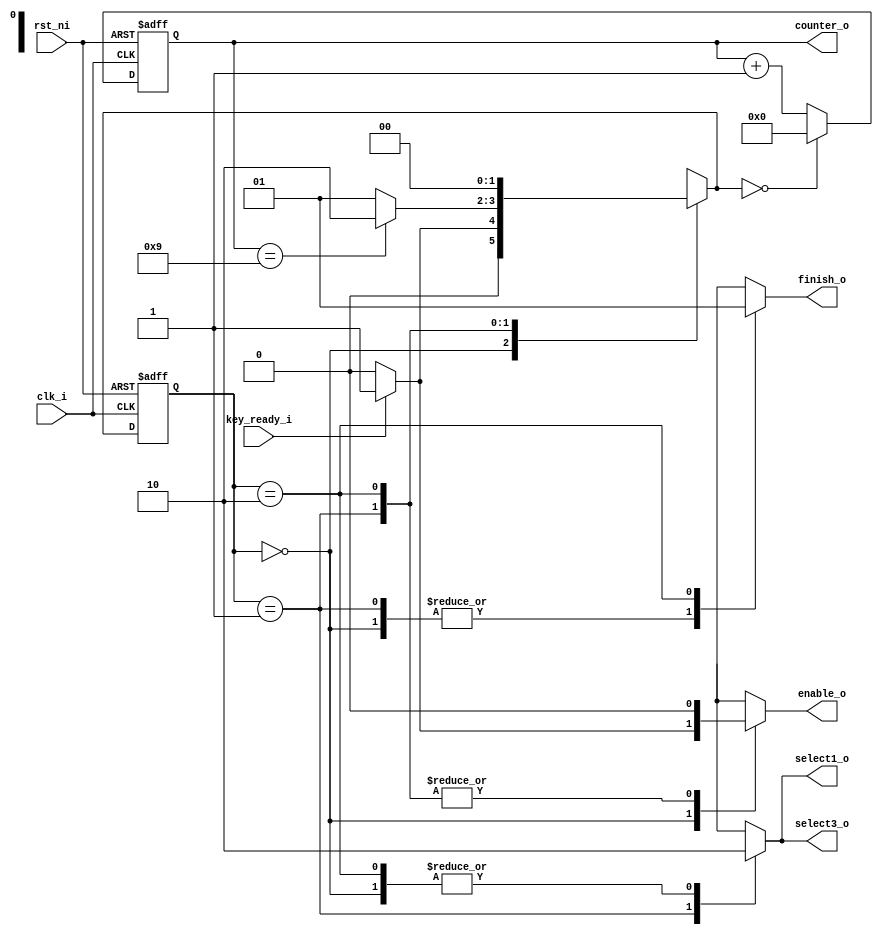
`timescale 1ns/100ps
module controller(clk_i, rst_ni, key_ready_i, enable_o, select1_o, select3_o, finish_o, counter_o);

  input clk_i;
  input rst_ni;
  input key_ready_i;
  
  output enable_o;
  output select1_o;
  output select3_o;
  output finish_o;
  output [3:0] counter_o;
  
  reg enable_o;
  reg select1_o;
  reg select3_o;
  reg finish_o;
  
  reg [1:0] state, n_state;
  reg [3:0] counter_o;
  
  parameter RST      = 2'b00,
			ENCRYPT  = 2'b01,
			DONE     = 2'b10;
  
  always@(posedge clk_i or negedge rst_ni)begin
    if(~rst_ni)begin
	  state <= RST;
	  counter_o <= 4'd0;
	end
	else begin
	  state <= n_state;
	  if(n_state==RST)
	    counter_o <= 4'd0;
	  else
	    counter_o <= counter_o + 4'd1;
	end
  end
  
  always@(*)begin
    case(state)
	  RST:begin
	    enable_o = (key_ready_i)?1'b1:1'b0;
		select1_o = 1'b0;
		select3_o = 1'b0;//x
		finish_o = 1'b0;
		n_state = (key_ready_i)?ENCRYPT:RST;
	  end
	  ENCRYPT:begin
	    enable_o = 1'b0;
		select1_o = 1'b1;
		select3_o = 1'b1;
		finish_o = 1'b0;
		n_state = (counter_o==4'd9)?DONE:ENCRYPT;
	  end
	  DONE:begin
	    enable_o = 1'b0;
		select1_o = 1'b0;//x
		select3_o = 1'b0;
		finish_o = 1'b1;
		n_state = RST;
	  end
	  default:begin
	    enable_o = 1'bx;
		select1_o = 1'bx;
		select3_o = 1'bx;
		finish_o = 1'bx;
		n_state = 2'bx;
	  end
	endcase
  end

endmodule